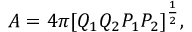
A = 4 \pi [ Q _ { 1 } Q _ { 2 } P _ { 1 } P _ { 2 } ] ^ { \frac { 1 } { 2 } } ,